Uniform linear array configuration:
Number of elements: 4
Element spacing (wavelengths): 0.5
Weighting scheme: blackman
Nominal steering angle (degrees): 60
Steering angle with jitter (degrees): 58.344
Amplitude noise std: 0.05
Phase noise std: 0.05

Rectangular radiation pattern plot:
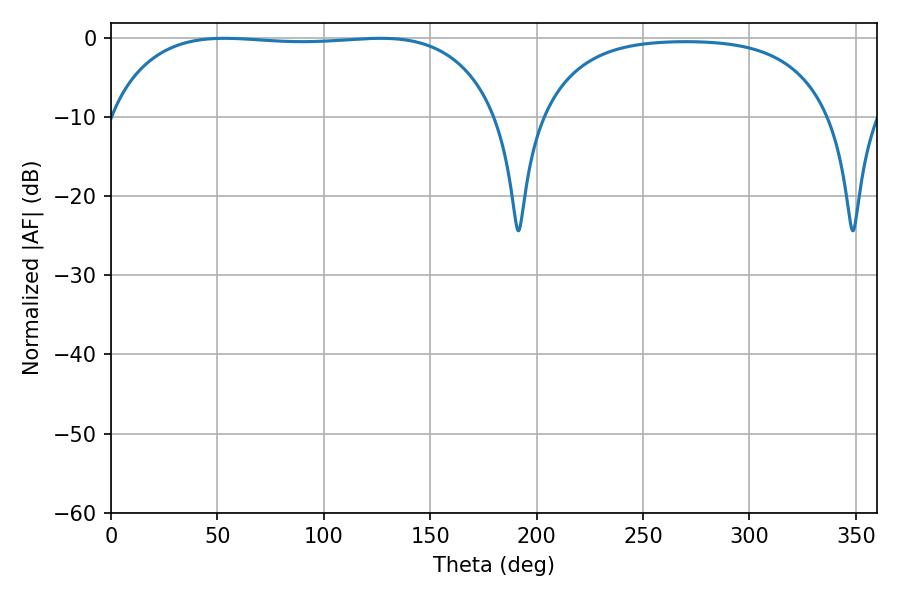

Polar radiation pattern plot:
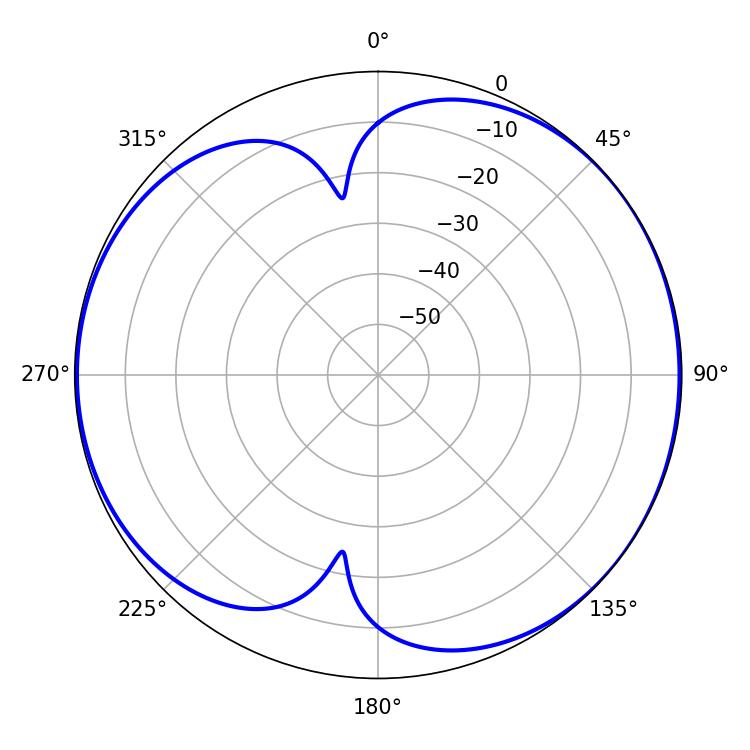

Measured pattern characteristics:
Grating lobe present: FALSE
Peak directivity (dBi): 5.858
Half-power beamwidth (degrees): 144.72
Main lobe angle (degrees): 53.28